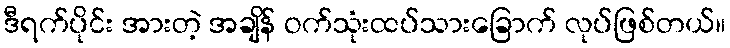
ဒီရက်ပိုင်း အားတဲ့ အချိန် ဝက်သုံးထပ်သားခြောက် လုပ်ဖြစ်တယ်။